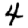
Digit: 4